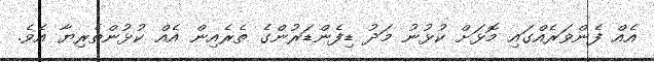
އެއް ފެންވަރެއްގައި މޮޅަށް ކުޅުނު މަދު ޑިފެންޑަރުންގެ ތެރެއިން އެއް ކުޅުންތެރިޔާ އެވެ.